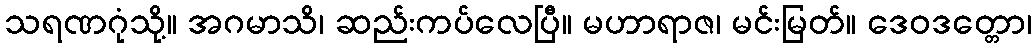
သရဏဂုံသို့။ အဂမာသိ၊ ဆည်းကပ်လေပြီ။ မဟာရာဇ၊ မင်းမြတ်။ ဒေဝဒတ္တော၊